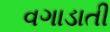
વગાડાતી